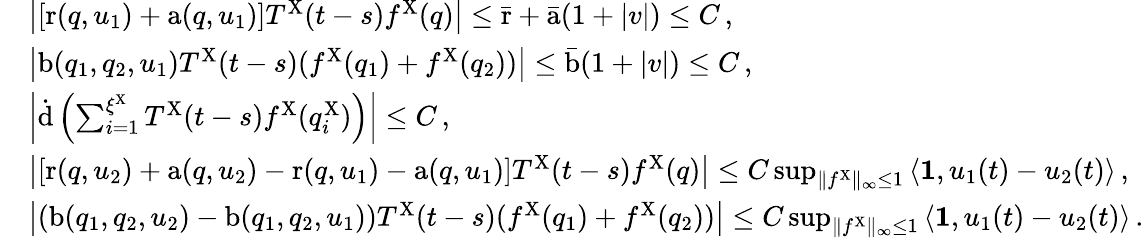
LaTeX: \begin{array}{rl}&{\left|\left[\mathrm{r}(q,u_{1})+\mathrm{a}(q,u_{1})\right]T^{\mathrm{X}}(t-s)f^{\mathrm{X}}(q)\right|\leq\bar{\mathrm{r}}+\bar{\mathrm{a}}(1+|v|)\leq C\, ,}\\ &{\left|\mathrm{b}(q_{1},q_{2},u_{1})T^{\mathrm{X}}(t-s)(f^{\mathrm{X}}(q_{1})+f^{\mathrm{X}}(q_{2}))\right|\leq\bar{\mathrm{b}}(1+|v|)\leq C\, ,}\\ &{\left|\dot{\mathrm{d}}\left(\sum_{i=1}^{\xi^{\mathrm{X}}}T^{\mathrm{X}}(t-s)f^{\mathrm{X}}(q_{i}^{\mathrm{X}})\right)\right|\leq C\, ,}\\ &{\left|\left[\mathrm{r}(q,u_{2})+\mathrm{a}(q,u_{2})-\mathrm{r}(q,u_{1})-\mathrm{a}(q,u_{1})\right]T^{\mathrm{X}}(t-s)f^{\mathrm{X}}(q)\right|\leq C\operatorname*{sup}_{\| f^{\mathrm{X}}\| _{\infty}\leq 1}\left\langle\mathbf{1},u_{1}(t)-u_{2}(t)\right\rangle\, ,}\\ &{\left|\left(\mathrm{b}(q_{1},q_{2},u_{2})-\mathrm{b}(q_{1},q_{2},u_{1})\right)T^{\mathrm{X}}(t-s)(f^{\mathrm{X}}(q_{1})+f^{\mathrm{X}}(q_{2}))\right|\leq C\operatorname*{sup}_{\| f^{\mathrm{X}}\| _{\infty}\leq 1}\left\langle\mathbf{1},u_{1}(t)-u_{2}(t)\right\rangle\, .}\end{array}